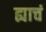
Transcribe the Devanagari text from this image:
ह्याचं